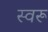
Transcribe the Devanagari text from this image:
स्वरू